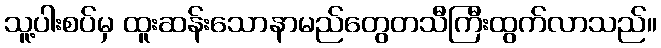
သူ့ပါးစပ်မှ ထူးဆန်းသောနာမည်တွေတသီကြီးထွက်လာသည်။